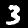
Digit: 3